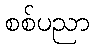
စစ်ပညာ